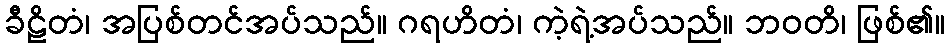
ခီဠိတံ၊ အပြစ်တင်အပ်သည်။ ဂရဟိတံ၊ ကဲ့ရဲ့အပ်သည်။ ဘဝတိ၊ ဖြစ်၏။